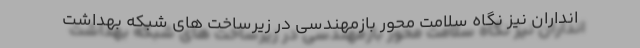
انداران نیز نگاه سلامت محور بازمهندسی در زیرساخت های شبکه بهداشت